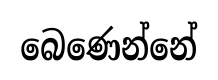
බෙණෙන්නේ